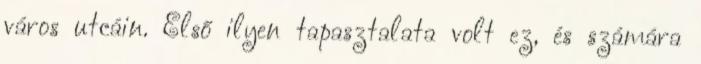
város utcáin. Első ilyen tapasztalata volt ez, és számára